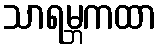
သာရမ္ဘကထာ